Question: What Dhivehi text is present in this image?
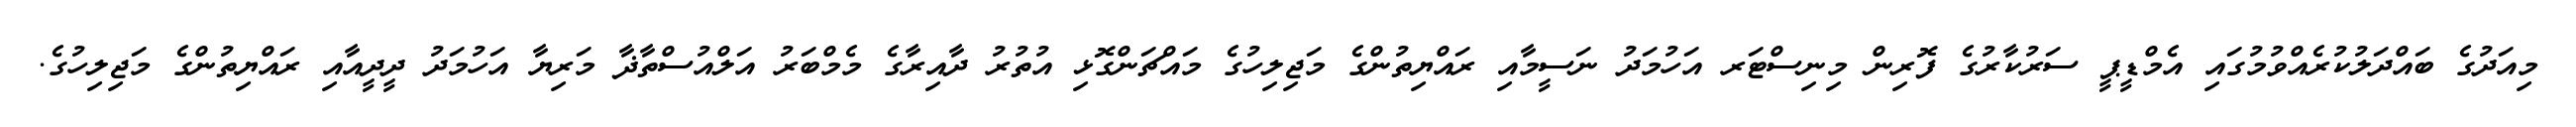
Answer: މިއަދުގެ ބައްދަލުކުރެއްވުމުގައި އެމްޑީޕީ ސަރުކާރުގެ ފޮރިން މިނިސްޓަރ އަހުމަދު ނަސީމާއި ރައްޔިތުންގެ މަޖިލިހުގެ މައްޗަންގޮޅި އުތުރު ދާއިރާގެ މެމްބަރު އަލްއުސްތާޛާ މަރިޔާ އަހުމަދު ދީދީއާއި ރައްޔިތުންގެ މަޖިލިހުގެ.